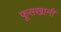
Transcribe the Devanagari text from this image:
फूसखानी